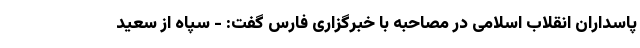
پاسداران انقلاب اسلامی در مصاحبه با خبرگزاری فارس گفت: - سپاه از سعید